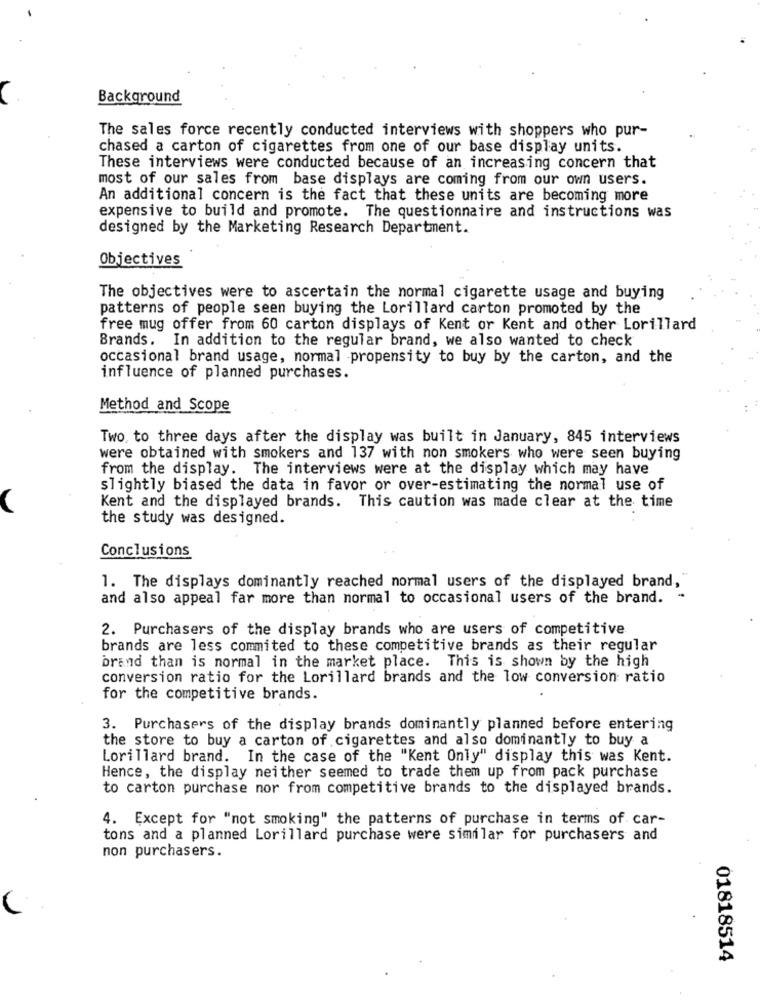
Background
The sales force recently conducted interviews with shoppers who pur-
chased a carton of cigarettes from one of our base display units.
These interviews were conducted because of an increasing concern that
most of our sales from base displays are coming from our own users.
An additional concern is the fact that these units are becoming more
expensive to build and promote. The questionnaire and instructions was
designed by the Marketing Research Department.
Objectives
The objectives were to ascertain the normal cigarette usage and buying
patterns of people seen buying the Lorillard carton promoted by the
free mug offer from 60 carton displays of Kent or Kent and other Lorillard
Brands. In addition to the regular brand, we also wanted to check
occasional brand usage, normal propensity to buy by the carton, and the
influence of planned purchases.
Method and Scope
Two to three days after the display was built in January, 845 interviews
were obtained with smokers and 137 with non smokers who were seen buying
from the display. The interviews were at the display which may have
slightly biased the data in favor or over-estimating the normal use of
Kent and the displayed brands. This caution was made clear at the time
the study was designed.
Conclusions
1. The displays dominantly reached normal users of the displayed brand,"
and also appeal far more than normal to occasional users of the brand.
2. Purchasers of the display brands who are users of competitive
brands are less commited to these competitive brands as their regular
brand than is normal in the market place. This is shown by the high
conversion ratio for the Lorillard brands and the low conversion ratio
for the competitive brands.
3. Purchasers of the display brands dominantly planned before entering
the store to buy a carton of cigarettes and also dominantly to buy a
Lorillard brand. In the case of the "Kent Only" display this was Kent.
Hence, the display neither seemed to trade them up from pack purchase
to carton purchase nor from competitive brands to the displayed brands.
4. Except for "not smoking" the patterns of purchase in terms of car-
tons and a planned Lorillard purchase were similar for purchasers and
non purchasers.
01818514